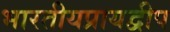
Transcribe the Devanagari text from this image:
भारतीयप्रायद्वीप